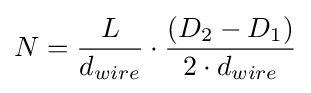
N={\frac {L}{d_{wire}}}\cdot {\frac {(D_{2}-D_{1})}{2\cdot d_{wire}}}